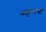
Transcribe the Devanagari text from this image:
माहूराचा